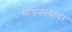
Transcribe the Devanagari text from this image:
सोडवल्यावर